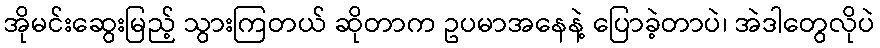
အိုမင်းဆွေးမြည့် သွားကြတယ် ဆိုတာက ဥပမာအနေနဲ့ ပြောခဲ့တာပဲ၊ အဲဒါတွေလိုပဲ